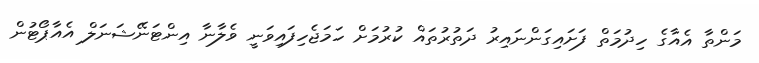
މަންތާ އެއާގެ ހިދުމަތް ފަށައިގަންނައިރު ދަތުރުތައް ކުރުމަށް ހަމަޖެހިފައިވަނީ ވެލާނާ އިންޓަނޭޝަނަލް އެއާޕޯޓުން